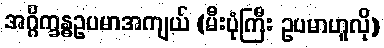
အဂ္ဂိက္ခန္ဓဥပမာအကျယ် (မီးပုံကြီး ဥပမာဟူလို)